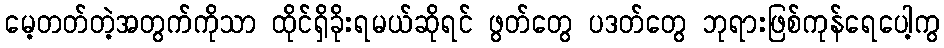
မေ့တတ်တဲ့အတွက်ကိုသာ ထိုင်ရှိခိုးရမယ်ဆိုရင် ဖွတ်တွေ ပဒတ်တွေ ဘုရားဖြစ်ကုန်ရေပေါ့ကွ